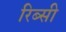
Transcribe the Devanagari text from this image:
रिब्सी